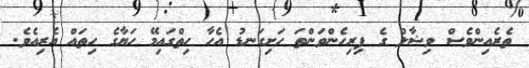
ތެރެއިންވެސް ވިޝާލް ގެ ފިރިހެންވަންތަ ހަށިގަނޑު އެހާ ހިތްގައިމޭ ހަޔާގެ ހިތައް އެރިއެވެ.